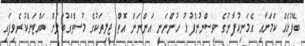
ބޭފުޅެއް ކަމަށާއި އެމަނިކުފާނުގެ ވިސްނުންފުޅު ހުންނަނީ އަންނަން އޮތް ޖީލިތަކުގެ މުސްތަގުބަލަށް ބައްޓަންކުރެވިފައި